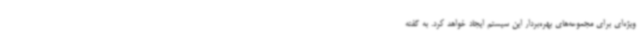
ویژه‌ای برای مجموعه‌های بهره‌بردار این سیستم ایجاد خواهد کرد. به گفته